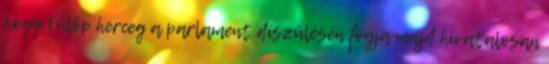
hogy Fülöp herceg a parlament díszülésén fogja majd hivatalosan